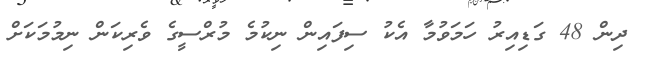
ދިން 48 ގަޑިއިރު ހަމަވުމާ އެކު ސިފައިން ނިކުމެ މުރްސީގެ ވެރިކަން ނިމުމަކަށް